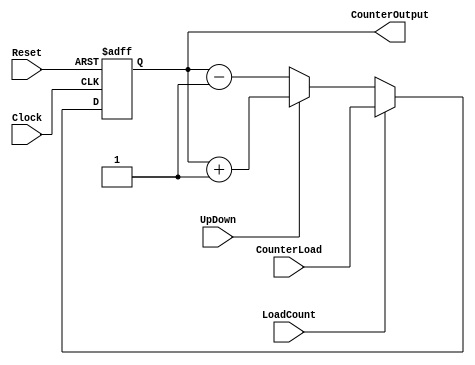
`timescale 1ns / 1ps
//////////////////////////////////////////////////////////////////////////////////
// Company: 
// Engineer: 
// 
// Design Name: 
// Module Name:    UpDownCounter 
// Project Name: 
// Target Devices: 
// Tool versions: 
// Description: 
//
// Dependencies: 
//
// Revision: 
// Revision 0.01 - File Created
// Additional Comments: 
//
//////////////////////////////////////////////////////////////////////////////////
module UpDownCounter(
    input Clock,
	 input UpDown,
	 input LoadCount,
	 input Reset,
	 input [3:0] CounterLoad,
	 output reg [3:0] CounterOutput);


	 always @(posedge Clock or posedge Reset)
	 begin
		// Condicion de reinicio
		if(Reset) CounterOutput <= 4'b0000;
		// Condicin de carga
		else if(LoadCount) CounterOutput <= CounterLoad;
		// Condicin de conteo ascendente
		else if(UpDown) CounterOutput <= CounterOutput + 1;
		// Condicin de conteo descendente
		else if(~UpDown) CounterOutput <= CounterOutput - 1;
	 end
	 
endmodule